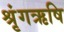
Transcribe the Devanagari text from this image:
श्रृंगऋषि